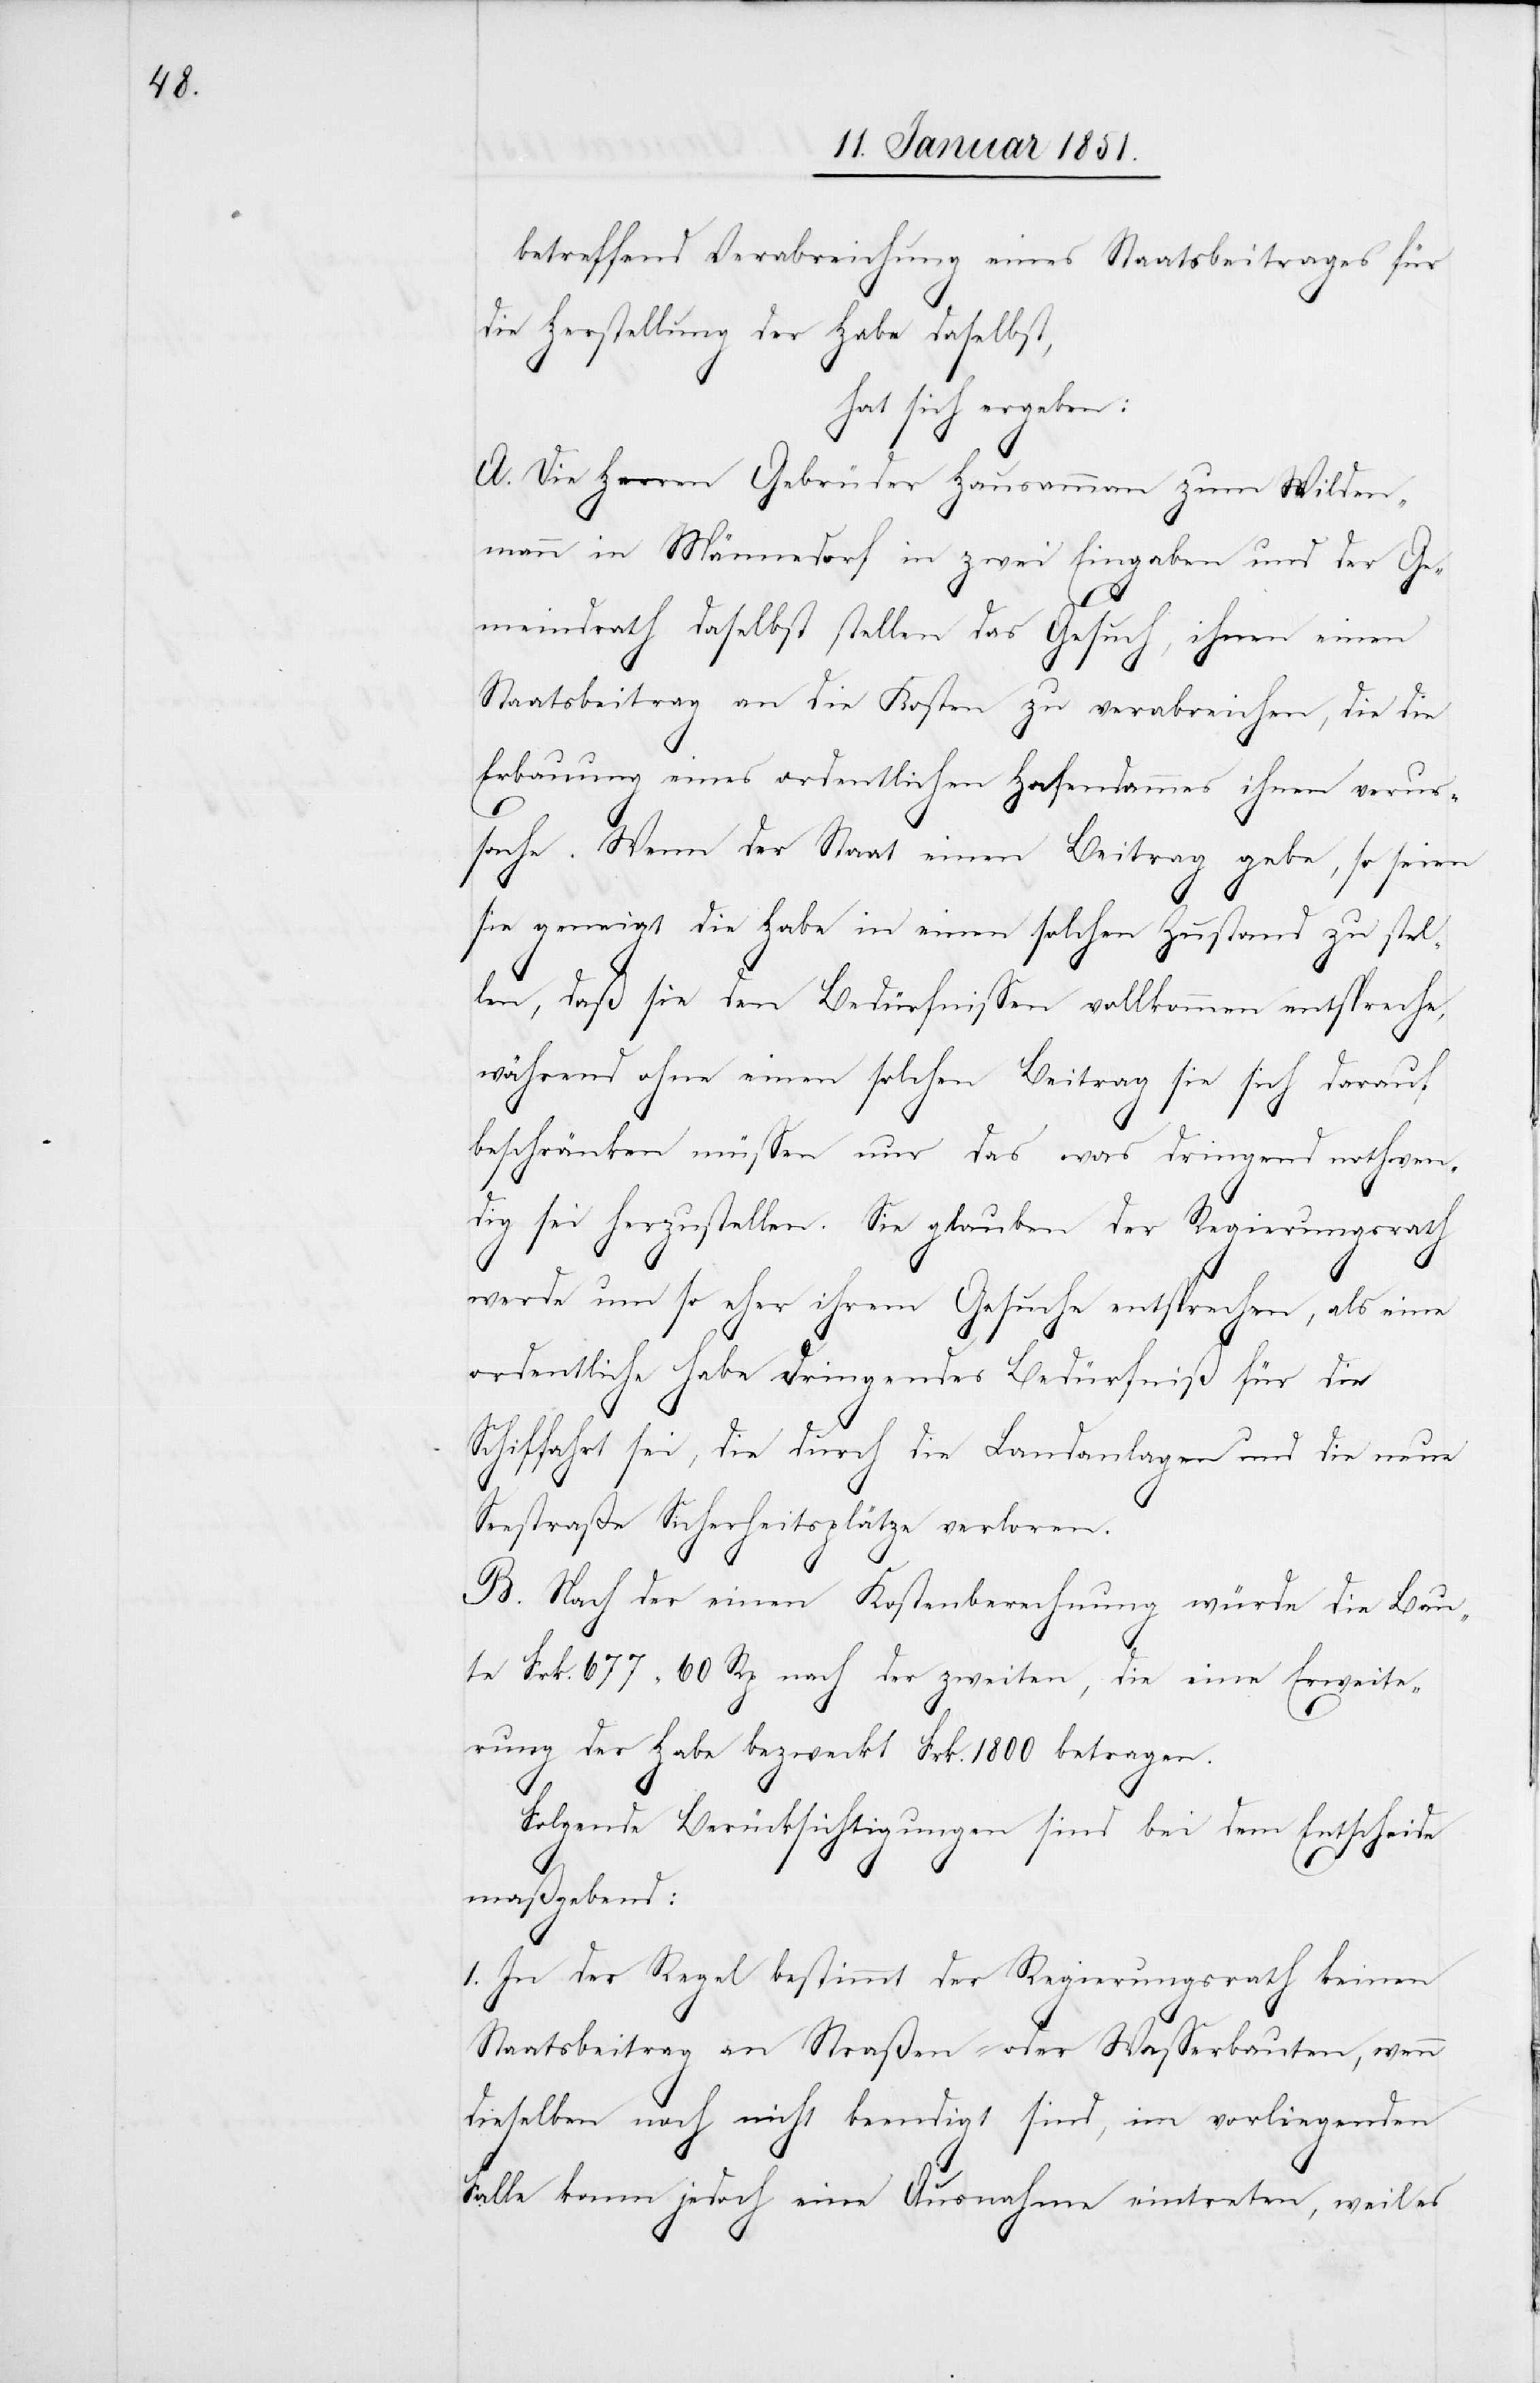
betreffend Verabreichung eines Staatsbeitrages für
die Herstellung der Habe daselbst,
hat sich ergeben:
A. Die Herren Gebrüder Hausamman [sic!] zum Wilden¬
mann in Männedorf in zwei Eingaben und der Ge¬
meindrath daselbst stellen das Gesuch, ihnen einen
Staatsbeitrag an die Kosten zu verabreichen, die die
Erbauung eines ordentlichen Hafendammes ihnen verur¬
sache. Wenn der Staat einen Beitrag gebe, so seien
sie geneigt die Habe in einen solchen Zustand zu stel¬
len, daß sie den Bedürfnissen vollkommen entspreche,
während ohne einen solchen Beitrag sie sich darauf
beschränken müssen nur das was dringend nothwen¬
dig sei herzustellen. Sie glauben der Regierungsrath
werde um so eher ihrem Gesuche entsprechen, als eine
ordentliche Habe dringendes Bedürfniß für die
Schiffahrt sei, die durch die Landanlagen und die neue
Seestraße Sicherheitsplätze verloren.
B. Nach der einen Kostenberechnung würde die Bau¬
te Frk. 677 60 Rp. nach der zweiten, die eine Erweite¬
rung der Habe bezweckt Frk. 1800 betragen.
Folgende Berücksichtigungen sind bei dem Entscheide
maßgebend:
1. In der Regel bestimmt der Regierungsrath keinen
Staatsbeitrag an Straßen- oder Wasserbauten, wenn
dieselben noch nicht beendigt sind, im vorliegenden
Falle kann jedoch eine Ausnahme eintreten, weil es